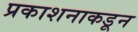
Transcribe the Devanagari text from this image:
प्रकाशनाकडून